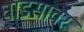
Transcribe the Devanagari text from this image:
धाडसावर